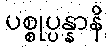
ပစ္စုပ္ပန္နာနိ